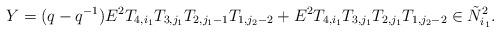
LaTeX: \begin{align*}Y= (q-q^{-1})E^2T_{4,i_1}T_{3,j_1}T_{2,j_1-1}T_{1,j_2-2}+ E^2T_{4,i_1}T_{3,j_1}T_{2,j_1}T_{1,j_2-2}\in \tilde N^2_{i_1}.\end{align*}